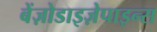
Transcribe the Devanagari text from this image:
बेंज़ोडाइज़ेपाइन्स